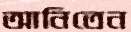
আনিতেন